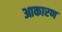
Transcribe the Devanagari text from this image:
आकारण